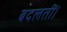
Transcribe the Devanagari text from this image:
बदलतीं।